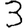
Digit: 3